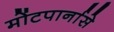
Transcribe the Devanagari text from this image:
मोंटपार्नासे